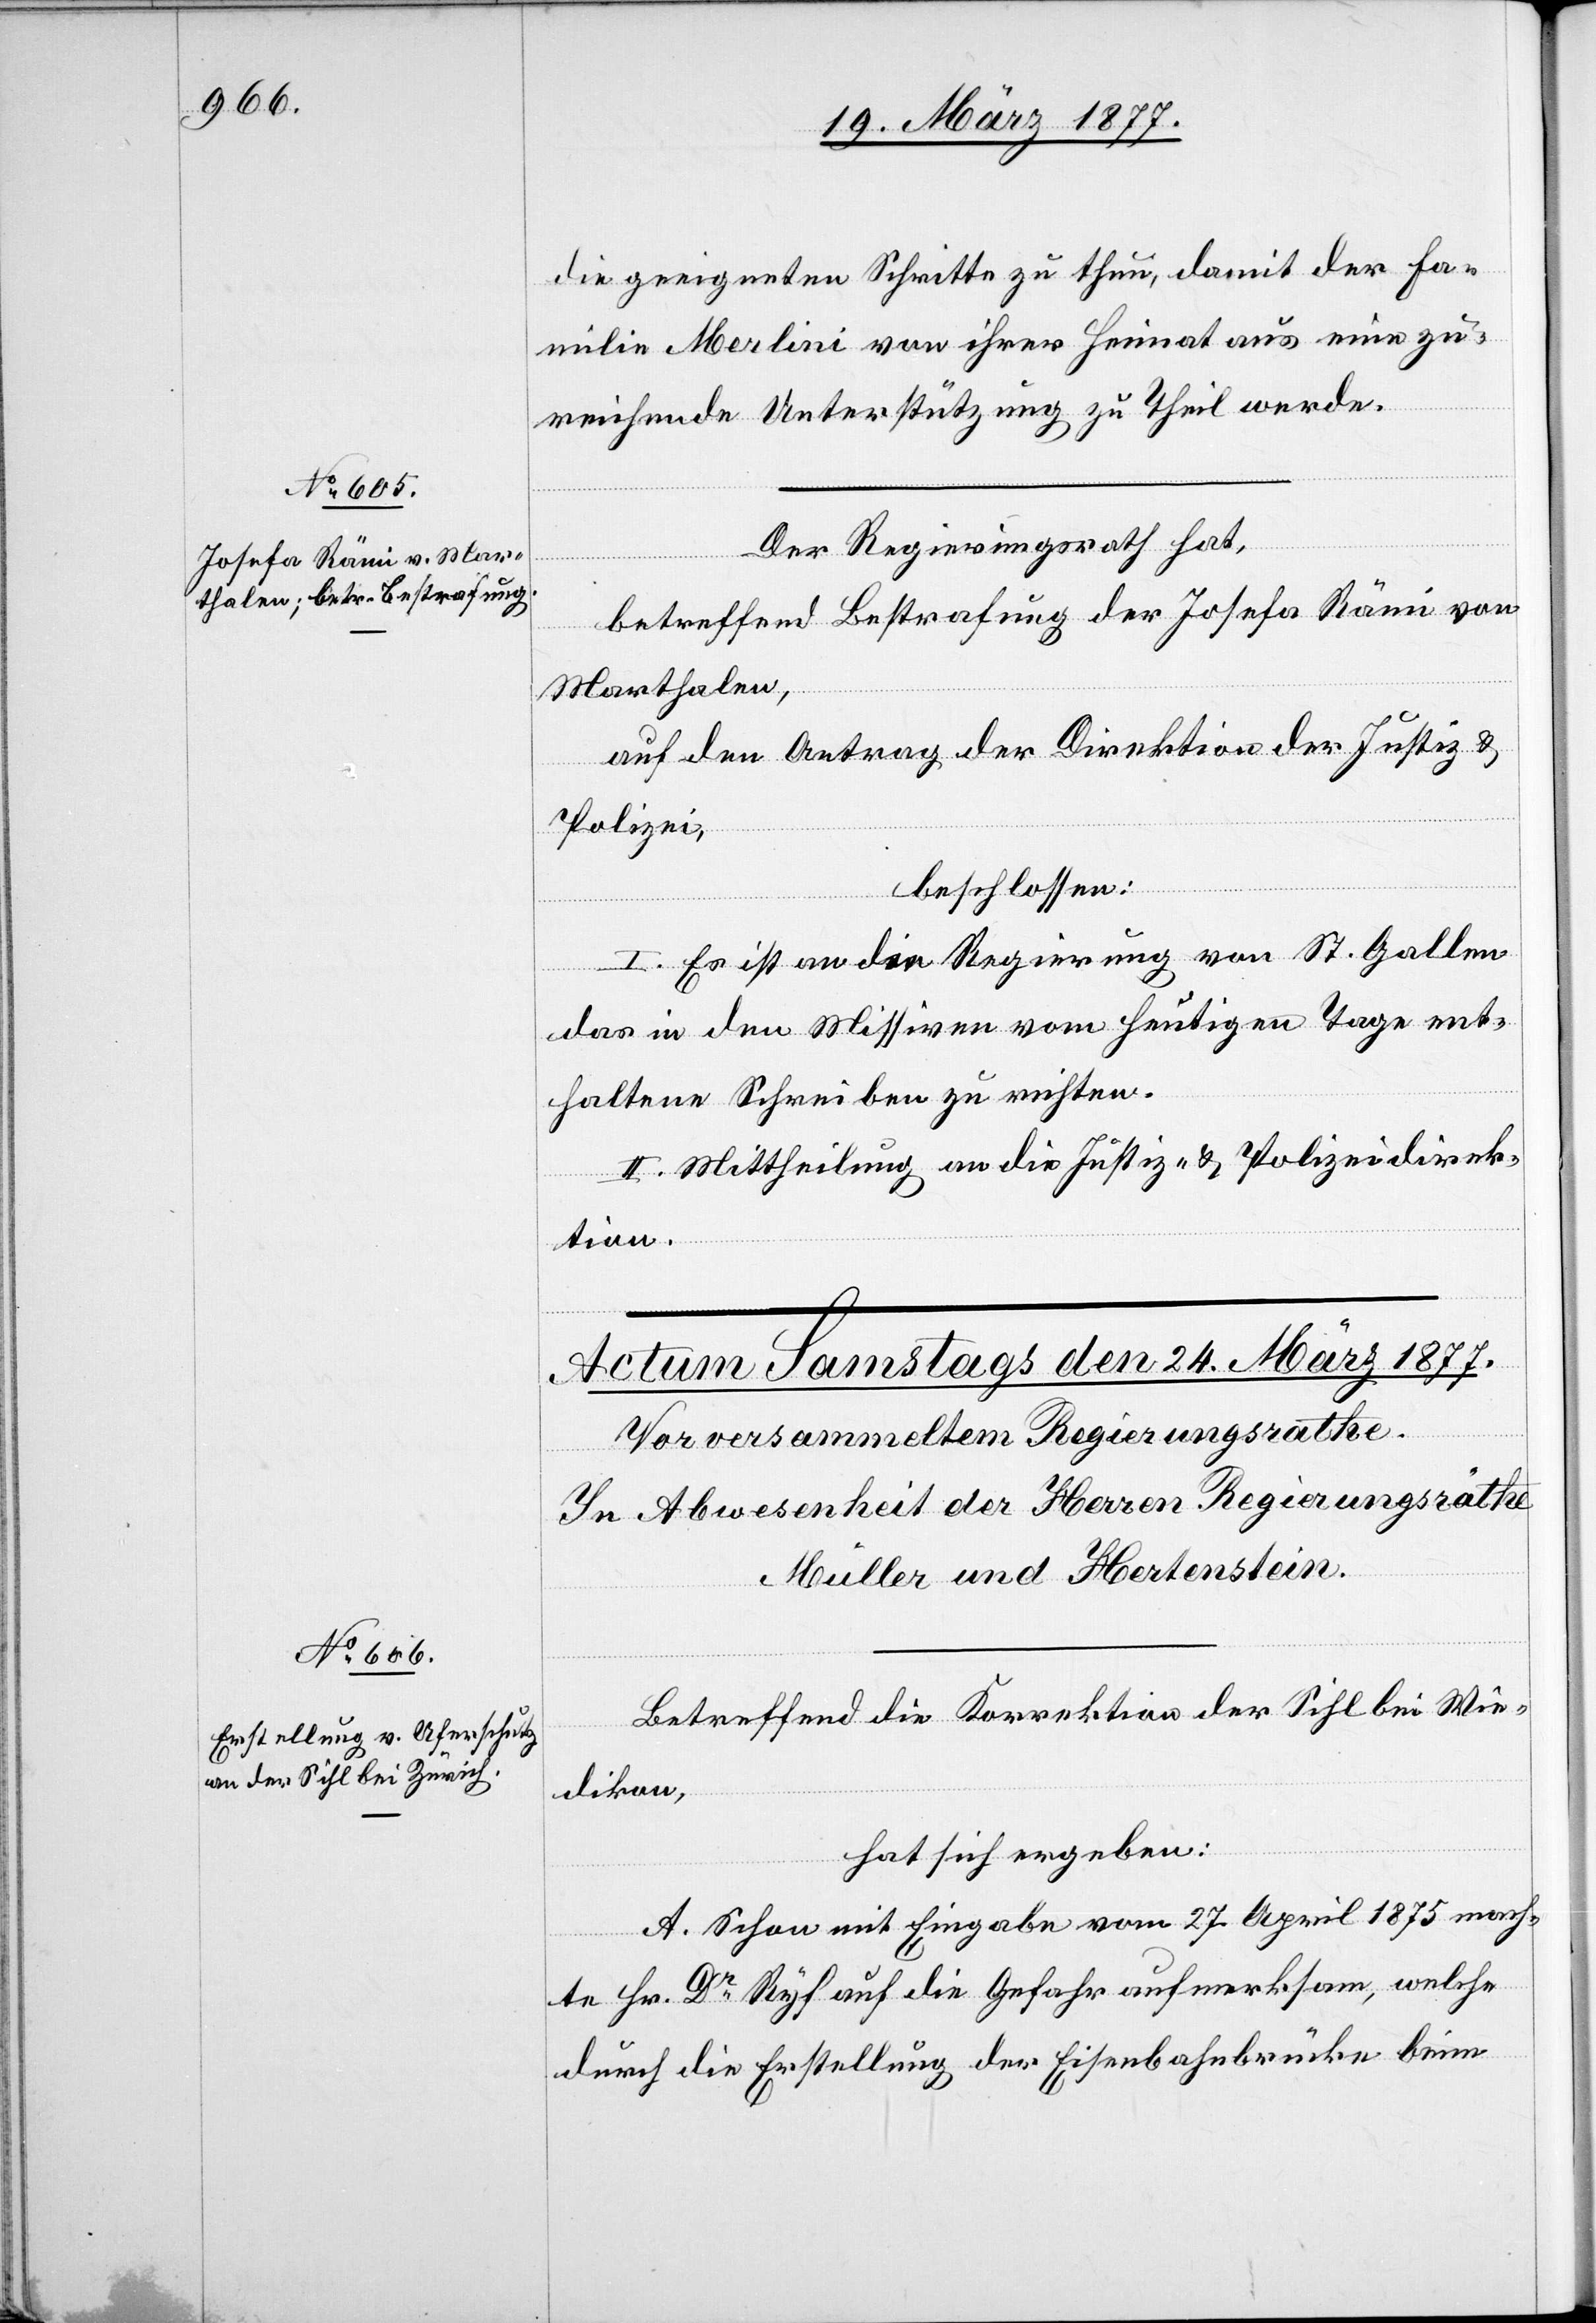
23. März 1877.]
die geeigneten Schritte zu thun, damit der Fa¬
milie Merlini von ihrer Heimat aus eine zu¬
reichende Unterstützung zu Theil werde.
Der Regierungsrath hat,
betreffend Bestrafung der Josefa Rämi von
Marthalen,
auf den Antrag der Direktion der Justiz &
Polizei,
beschlossen:
I. Es ist an die Regierung von St. Gallen
das in den Missiven vom heutigen Tage ent¬
haltene Schreiben zu richten.
II. Mittheilung an die Justiz- & Polizeidirek¬
tion.
Betreffend die Korrektion der Sihl bei Wie¬
dikon,
hat sich ergeben:
A. Schon mit Eingabe vom 27. April 1875 mach¬
te Hr. Dr Ryf auf die Gefahr aufmerksam, welche
durch die Erstellung der Eisenbahnbrücke beim